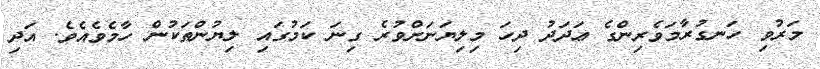
މަރުވި ހަނގުރާމަވެރިންގެ ޢަދަދު ދިހަ މިލިޔަނަށްވުރެ ގިނަ ކަމުގައި ލިޔުންތަކުން ހާމެވެއެވެ. އަދި